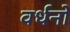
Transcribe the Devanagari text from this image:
वर्धनो